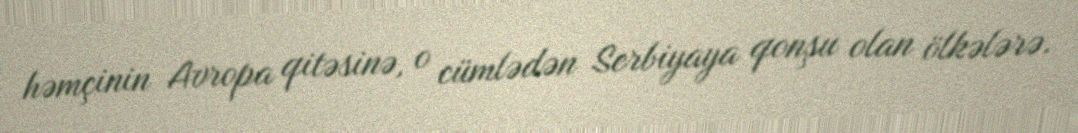
həmçinin Avropa qitəsinə, o cümlədən Serbiyaya qonşu olan ölkələrə.